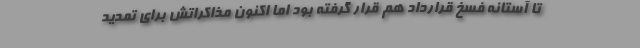
تا آستانه فسخ قرارداد هم قرار گرفته بود اما اکنون مذاکراتش برای تمدید